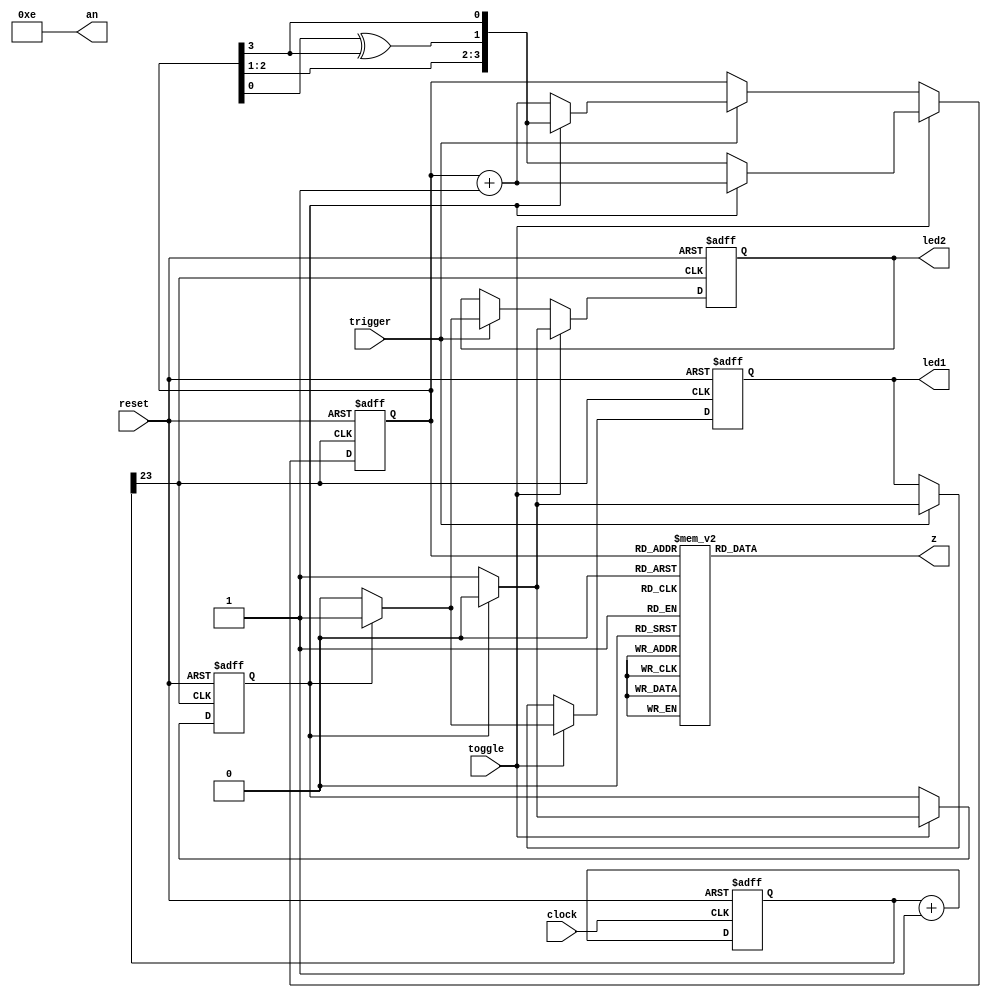
`timescale 1ns / 1ps
//////////////////////////////////////////////////////////////////////////////////
// Company: 
// Engineer: 
// 
// Design Name: 
// Module Name:    lfscounter 
// Project Name: 
// Target Devices: 
// Tool versions: 
// Description: 
//
// Dependencies: 
//
// Revision: 
// Revision 0.01 - File Created
// Additional Comments: 
//
//////////////////////////////////////////////////////////////////////////////////
module lfscounter(
    input clock,
    input reset,
    input trigger,
    input toggle,
     output reg [7:0] z,
    output [3:0] an,
    output reg led1,
     output reg led2
    );


     reg [3:0] res;
     reg status_check;
     
     wire fb;
     assign fb = res[0] ^ res[3];
	  
	  reg [23:0] clk;
     
     //debounce db(clock,trigger,clean);
     //debounce db1(clock,toggle,toggle_clean);
	  
	  always @(posedge clock or posedge reset) begin
			if (reset) clk <= 24'd0;
			else clk <= clk + 1;
		end
     
	  always@(posedge clk[23] or posedge reset)
     begin
     if(reset) begin
           res <= 4'b0000;
           status_check <= 1'b0;
           led1 <= 1'b0;
           led2 <= 1'b0;
     end
     else begin
     if (trigger) begin
       if (!status_check)begin
            res <= res + 4'b0001;
             led1 <= 1'b1;  // counter led
             led2 <= 1'b0;  // lfsr led
        end
      else begin
          res <= {res[2],res[1],fb,res[3]};
          led1 <= 1'b0;
             led2 <= 1'b1;
      end
    end
    if (toggle) begin
       if (!status_check)begin
           res <= {res[2],res[1],fb,res[3]};
           led1 <= 1'b0;
              led2 <= 1'b1;
           status_check <= 1;
       end
       else begin
           res <= res + 4'b0001;
              led1 <= 1'b1;  
              led2 <= 1'b0;
              status_check <= 0;
       end
     end
end
end

   always @(*)
   begin
    case(res)
    4'b0000 :z = 8'b00000011; //Hex 0
    4'b0001 :z = 8'b10011111; //Hex 1
    4'b0010 :z = 8'b00100101; //Hex 2
    4'b0011 :z = 8'b00001101; //Hex 3
    4'b0100 :z = 8'b10011001; //Hex 4
    4'b0101 :z = 8'b01001001; //Hex 5
    4'b0110 :z = 8'b01000001; //Hex 6
    4'b0111 :z = 8'b00011111; //Hex 7
    4'b1000 :z = 8'b00000001; //Hex 8
    4'b1001 :z = 8'b00001001; //Hex 9
    4'b1010 :z = 8'b00010001; //Hex A
    4'b1011 :z = 8'b11000001; //Hex B
    4'b1100 :z = 8'b01100011; //Hex C
    4'b1101 :z = 8'b10000101; //Hex D
    4'b1110 :z = 8'b01100001; //Hex E
    4'b1111 :z = 8'b01110001; //Hex F
	 default: z = 8'b00000000;
    endcase
end
    assign an = 4'b1110;

        
endmodule